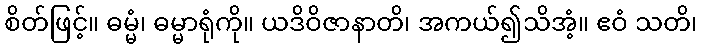
စိတ်ဖြင့်။ ဓမ္မံ၊ ဓမ္မာရုံကို။ ယဒိဝိဇာနာတိ၊ အကယ်၍သိအံ့။ ဧဝံ သတိ၊